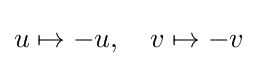
u\mapsto -u,\quad v\mapsto -v